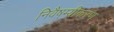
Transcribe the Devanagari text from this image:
निवैषम्यीकरण